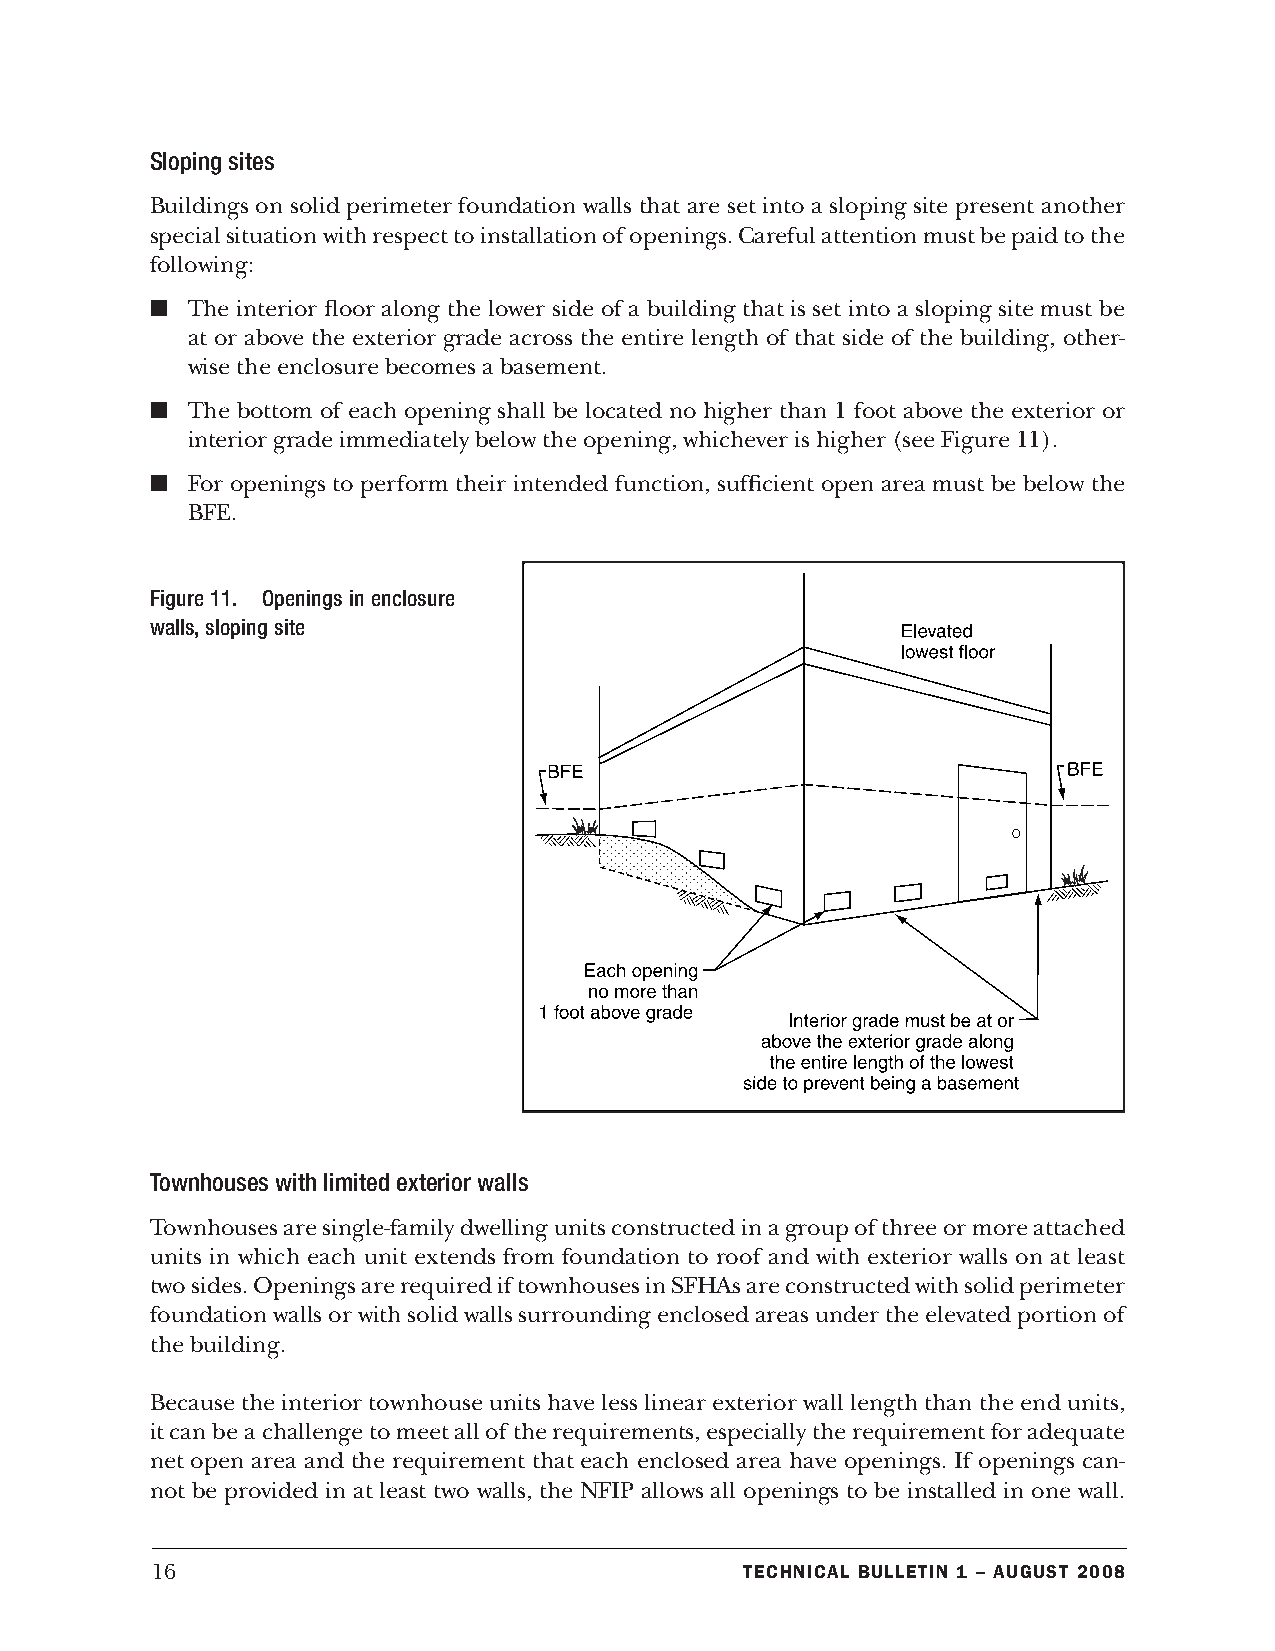
Sloping sites
 Buildings on solid perimeter foundation walls that are set into a sloping site present another
 special situation with respect to installation of openings. Careful attention must be paid to the
 following:
 n The interior floor along the lower side of a building that is set into a sloping site must be
 at or above the exterior grade across the entire length of that side of the building, other-
 wise the enclosure becomes a basement.
 n The bottom of each opening shall be located no higher than 1 foot above the exterior or
 interior grade immediately below the opening, whichever is higher (see Figure 11).
 n For openings to perform their intended function, sufficient open area must be below the
 BFE.
 Figure 11. Openings in enclosure
 walls, sloping site
 Townhouses with limited exterior walls
 Townhouses are single-family dwelling units constructed in a group of three or more attached
 units in which each unit extends from foundation to roof and with exterior walls on at least
 two sides. Openings are required if townhouses in SFHAs are constructed with solid perimeter
 foundation walls or with solid walls surrounding enclosed areas under the elevated portion of
 the building.
 Because the interior townhouse units have less linear exterior wall length than the end units,
 it can be a challenge to meet all of the requirements, especially the requirement for adequate
 net open area and the requirement that each enclosed area have openings. If openings can-
 not be provided in at least two walls, the NFIP allows all openings to be installed in one wall.
 16                                     Technical BulleTin 1 – augusT 2008